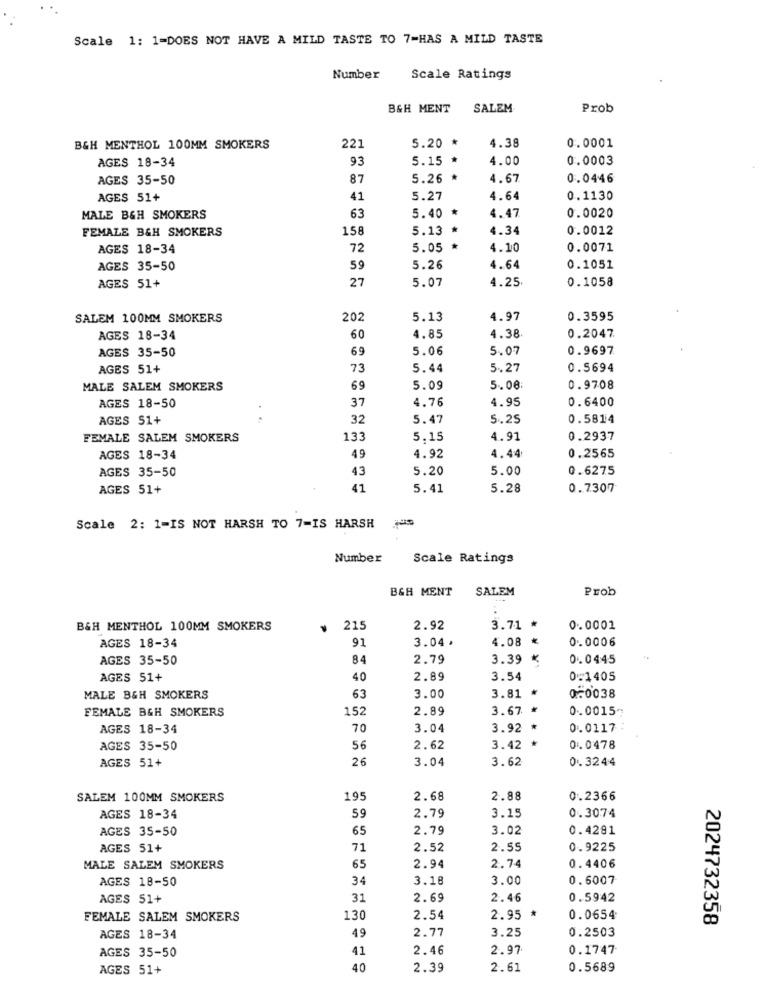
Scale 1: 1-DOES NOT HAVE A MILD TASTE TO 7-HAS A MILD TASTE
Number
Scale Ratings
B&H MENT
SALEM
Prob
B&H MENTHOL 100MM SMOKERS
221
5.20 *
4.38
0.0001
93
5.15 *
4.00
0.0003
AGES 18-34
AGES 35-50
87
5.26 *
4.67
0.0446
AGES 51+
41
5.27
4.64
0.1130
5.40 *
MALE B&H SMOKERS
63
4.47
0.0020
FEMALE B&H SMOKERS
158
5.13
4.34
0.0012
AGES 18-34
72
5.05
*
4.10
0.0071
AGES 35-50
59
5.26
4.64
0.1051
27
5.07
4.25
0.1058
AGES 51+
SALEM 100MM SMOKERS
202
5.13
4.97
0.3595
AGES 18-34
60
4.85
4.38
0.2047
AGES 35-50
69
5.06
5.07
0.9697
AGES 51+
73
5.44
5.27
0.5694
MALE SALEM SMOKERS
69
5.09
5.08
0.9708
AGES 18-50
37
4.76
4.95
0.6400
AGES S1+
32
5.47
5.25
0.5814
FEMALE SALEM SMOKERS
133
5.15
4.91
0.2937
AGES 18-34
49
4.92
4.44
0.2565
43
5.20
5.00
0.6275
AGES 35-50
AGES 51+
41
5.41
5.28
0.7307
Scale 2: 1-IS NOT HARSH TO 7=IS HARSH
Number
Scale Ratings
BGH MENT
SALEM
Prob
B&H MENTHOL 100MM SMOKERS
215
2.92
3.71 *
0.0001
91
3.04 .
4.08 *
0.0006
AGES 18-34
AGES 35-50
84
2.79
3.39 ₭
0.0445
AGES 51+
40
2.89
3.54
0-1405
0.0038
MALE B&H SMOKERS
63
3.00
3.81 *
FEMALE BGH SMOKERS
152
2.89
3.67 *
0.0015-
AGES 18-34
70
3.04
3.92 *
0.0117
AGES 35-50
56
2.62
3.42 *
0.0478
AGES 51+
26
3.04
3.62
0.3244
SALEM 100MM SMOKERS
195
2.68
2.88
0.2366
59
2.79
0.3074
AGES 18-34
3.15
AGES 35-50
65
2.79
3.02
0.4281
AGES 51+
71
2.52
2.55
0.9225
MALE SALEM SMOKERS
65
2.94
2.74
0.4406
AGES 18-50
34
3.18
3.00
0.6007
AGES 51+
31
2.69
2.46
0.5942
FEMALE SALEM SMOKERS
130
2.54
2.95
0.0654
2024732358
2.77
0.2503
AGES 18-34
49
3.25
AGES 35-50
41
2.46
2.97
0.1747
AGES 51+
40
2.39
2.61
0.5689